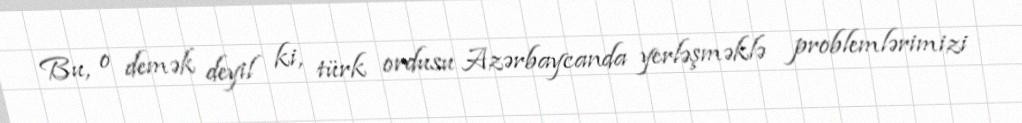
Bu, o demək deyil ki, türk ordusu Azərbaycanda yerləşməklə problemlərimizi